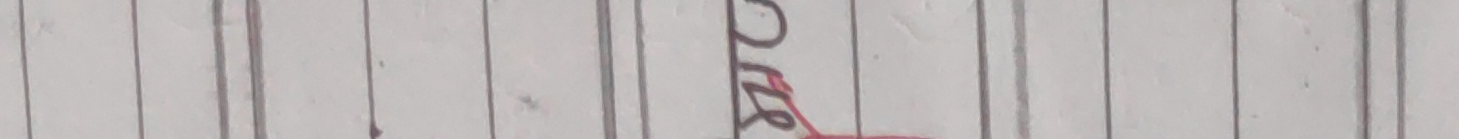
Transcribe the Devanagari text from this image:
ठोस